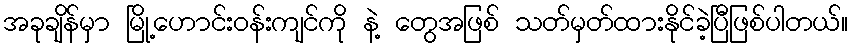
အခုချိန်မှာ မြို့ဟောင်းဝန်းကျင်ကို နဲ့ တွေအဖြစ် သတ်မှတ်ထားနိုင်ခဲ့ပြီဖြစ်ပါတယ်။